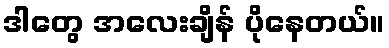
ဒါတွေ အလေးချိန် ပိုနေတယ်။